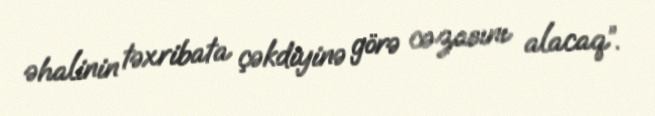
əhalinin təxribata çəkdiyinə görə cəzasını alacaq”.